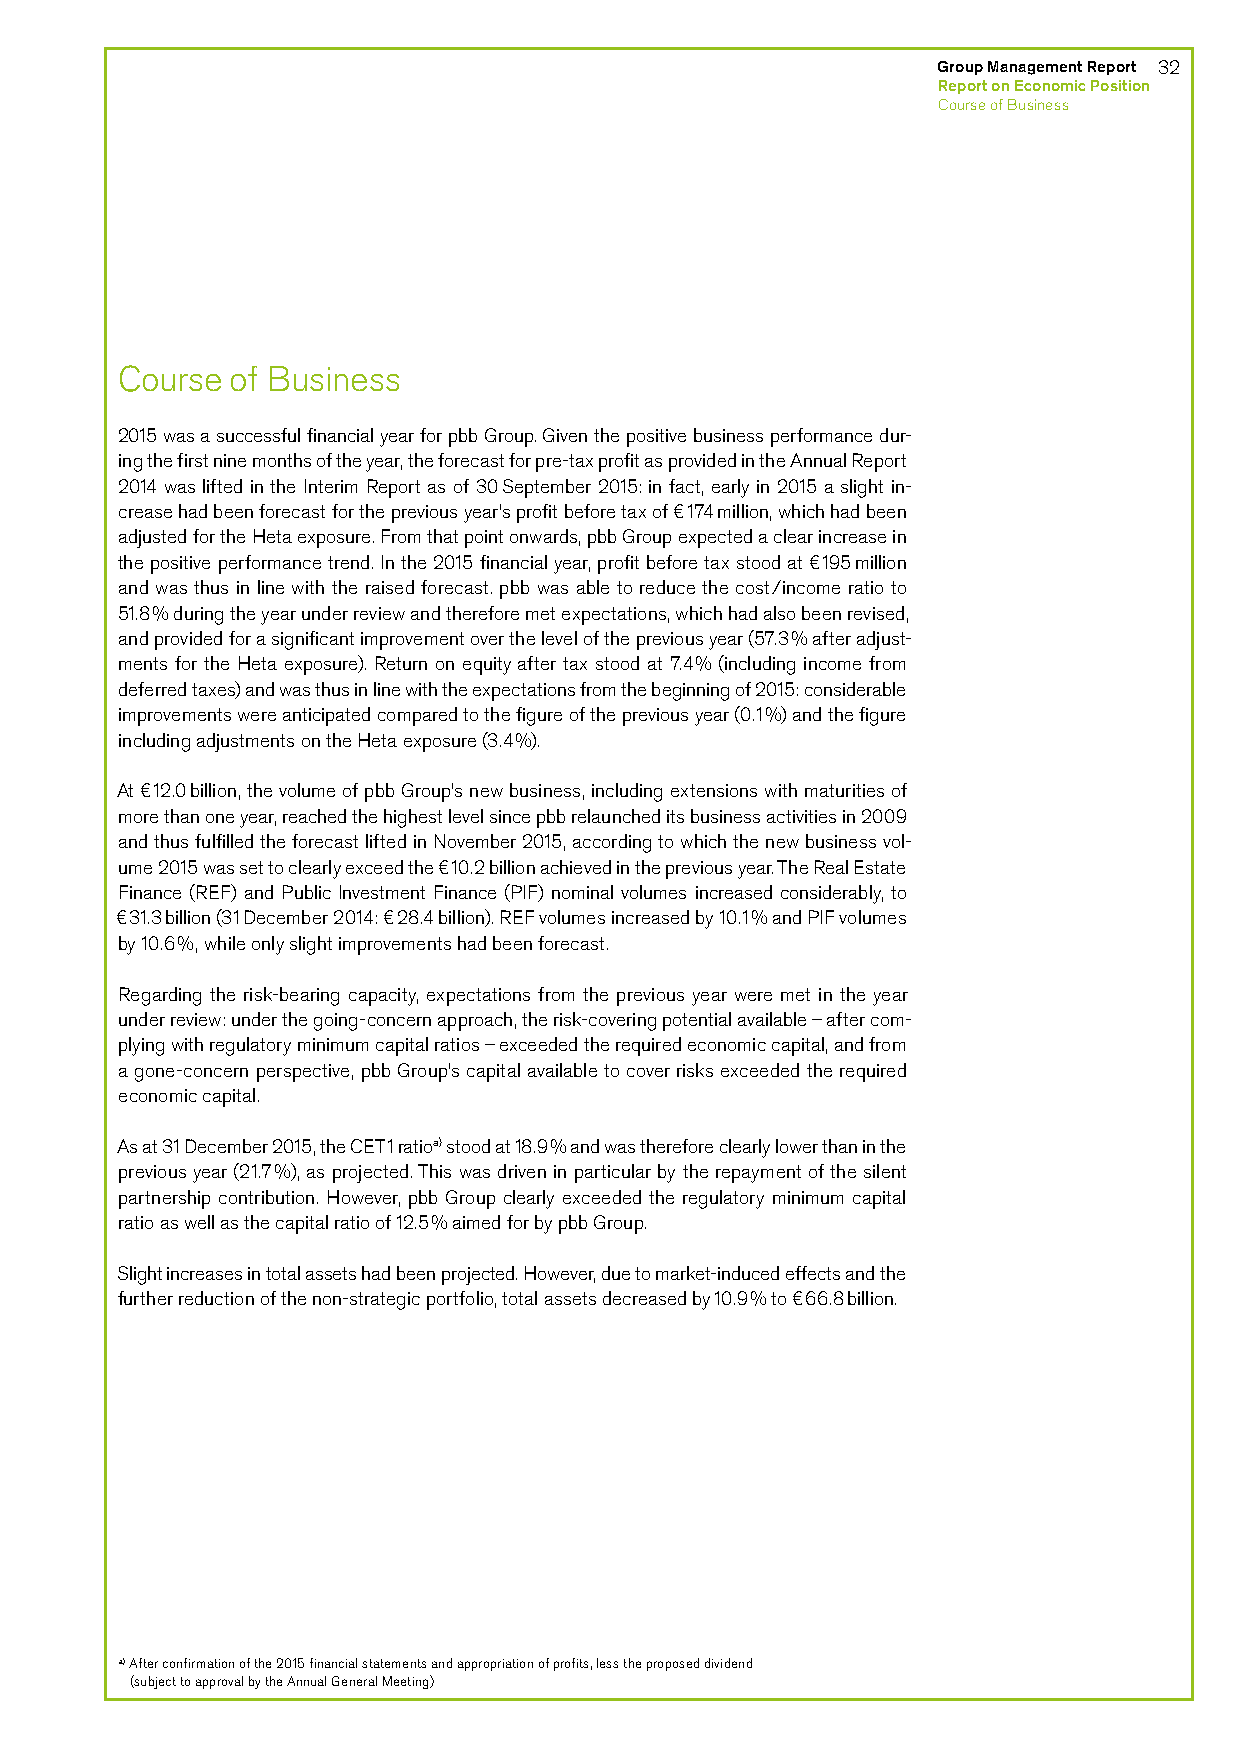
Group Management Report 32
 Report on Economic Position
 Course of Business
 Course of Business
 2015 was a successful financial year for pbb Group. Given the positive business performance dur-
 ing the first nine months of the year, the forecast for pre-tax profit as provided in the Annual Report
 2014 was lifted in the Interim Report as of 30 September 2015: in fact, early in 2015 a slight in-
 crease had been forecast for the previous year’s profit before tax of €174 million, which had been
 adjusted for the Heta exposure. From that point onwards, pbb Group expected a clear increase in
 the positive performance trend. In the 2015 financial year, profit before tax stood at €195 million
 and was thus in line with the raised forecast. pbb was able to reduce the cost/income ratio to
 51.8% during the year under review and therefore met expectations, which had also been revised,
 and provided for a significant improvement over the level of the previous year (57.3% after adjust-
 ments for the Heta exposure). Return on equity after tax stood at 7.4% (including income from
 deferred taxes) and was thus in line with the expectations from the beginning of 2015: considerable
 improvements were anticipated compared to the figure of the previous year (0.1%) and the figure
 including adjustments on the Heta exposure (3.4%).
 At €12.0 billion, the volume of pbb Group’s new business, including extensions with maturities of
 more than one year, reached the highest level since pbb relaunched its business activities in 2009
 and thus fulfilled the forecast lifted in November 2015, according to which the new business vol-
 ume 2015 was set to clearly exceed the €10.2 billion achieved in the previous year. The Real Estate
 Finance (REF) and Public Investment Finance (PIF) nominal volumes increased considerably, to
 €31.3 billion (31 December 2014: €28.4 billion). REF volumes increased by 10.1% and PIF volumes
 by 10.6%, while only slight improvements had been forecast.
 Regarding the risk-bearing capacity, expectations from the previous year were met in the year
 under review: under the going-concern approach, the risk-covering potential available – after com-
 plying with regulatory minimum capital ratios – exceeded the required economic capital, and from
 a gone-concern perspective, pbb Group’s capital available to cover risks exceeded the required
 economic capital.
 As at 31 December 2015, the CET1 ratioa) stood at 18.9% and was therefore clearly lower than in the
 previous year (21.7%), as projected. This was driven in particular by the repayment of the silent
 partnership contribution. However, pbb Group clearly exceeded the regulatory minimum capital
 ratio as well as the capital ratio of 12.5% aimed for by pbb Group.
 Slight increases in total assets had been projected. However, due to market-induced effects and the
 further reduction of the non-strategic portfolio, total assets decreased by 10.9% to €66.8 billion.
 a) After confirmation of the 2015 financial statements and appropriation of profits, less the proposed dividend
 (subject to approval by the Annual General Meeting)